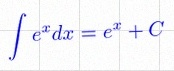
\int e^x dx=e^x+C